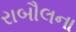
રાબૌલના